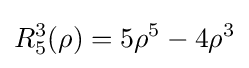
R_{5}^{3}(\rho )=5\rho ^{5}-4\rho ^{3}